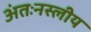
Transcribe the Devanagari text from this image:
अंतःनस्लीय